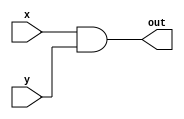
module and2(x,y,out);

input x,y;
output out;

and and_gate(out,x,y);

endmodule